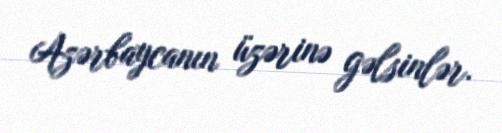
Azərbaycanın üzərinə gəlsinlər.